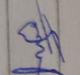
Signature authenticity: genuine